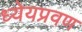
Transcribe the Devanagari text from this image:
ध्येयप्रवण